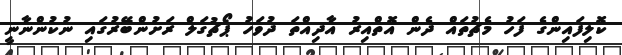
ކޮލިފައިންގެ ފަހު މެޗުތައް ދެން އޮތްއިރު އާދިއްތަ ދުވަހު ޕޯޗުގަލް ރަށުންބޭރުގައި ނުކުންނާނީ